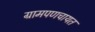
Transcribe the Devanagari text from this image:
ग्रामपणचायत